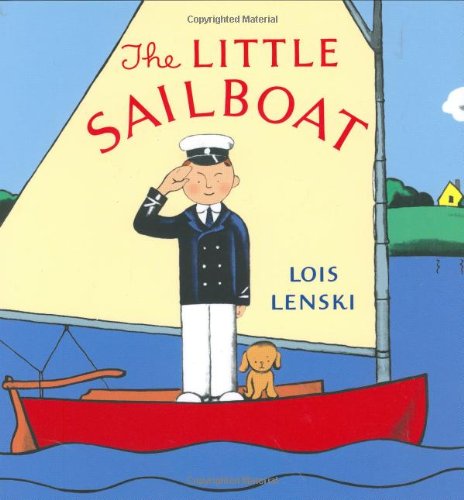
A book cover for The Little Sailboat (Lois Lenski Books); Lois Lenski; Children's Books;